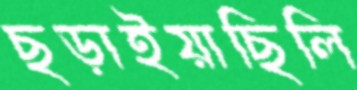
ছড়াইয়াছিলি